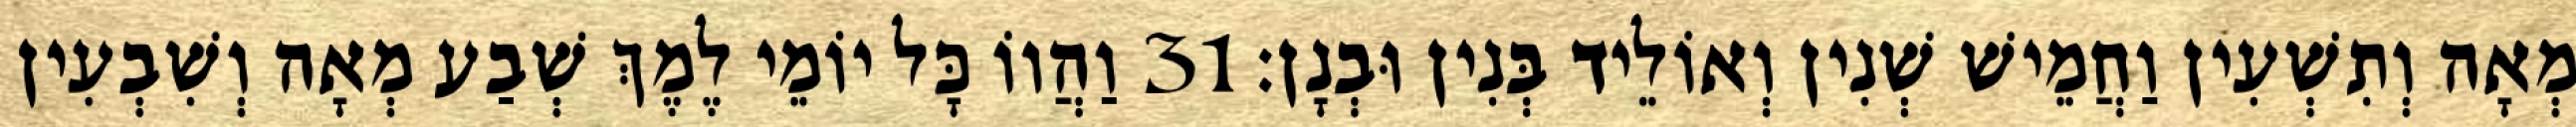
מְאָה וְתִשְׁעִין וַחֲמֵישׁ שְׁנִין וְאוֹלֵיד בְּנִין וּבְנָן׃ 31 וַהֲווֹ כָּל יוֹמֵי לֶמֶךְ שְׁבַע מְאָה וְשִׁבְעִין